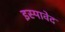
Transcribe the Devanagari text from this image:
इस्पावेद